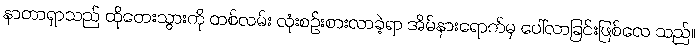
နာတာရှာသည် ထိုတေးသွားကို တစ်လမ်း လုံးစဉ်းစားလာခဲ့ရာ အိမ်နားရောက်မှ ပေါ်လာခြင်းဖြစ်လေ သည်။